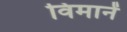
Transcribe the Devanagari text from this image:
विमानें